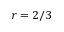
r = 2 / 3